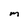
Character: M